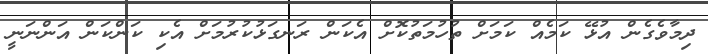
ދިމާވެގެން އުޅޭ ކަމެއް ކަމަށް ތުހުމަތުކޮށް އެކަން ރަނގަޅުކުރުމަށް އެކި ކަންކަން އަންނަނީ